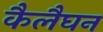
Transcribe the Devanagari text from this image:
कैलैघन